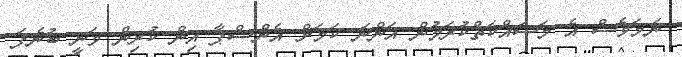
ނަމަވެސް އެ މަސައްކަތްކުރަމުން އަންނަ ކަމަށް އެންސްޕާ އިން ކުރިން ވަނީ ބުނެފަ